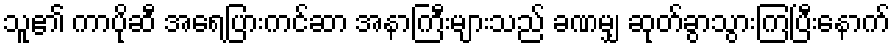
သူ၏ ကာပိုဆီ အရေပြားကင်ဆာ အနာကြီးများသည် ခဏမျှ ဆုတ်ခွာသွားကြပြီးနောက်